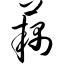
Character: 藕